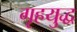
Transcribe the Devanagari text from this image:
गृहयुद्ध